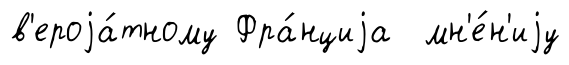
в'ероjа́тному Фра́нциjа мн'е́н'иjу